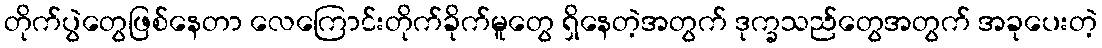
တိုက်ပွဲတွေဖြစ်နေတာ လေကြောင်းတိုက်ခိုက်မူတွေ ရှိနေတဲ့အတွက် ဒုက္ခသည်တွေအတွက် အခုပေးတဲ့